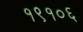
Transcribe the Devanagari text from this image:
१९१०६